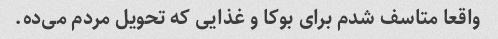
واقعا متاسف شدم برای بوکا و غذایی که تحویل مردم می‌ده.